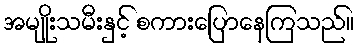
အမျိုးသမီးနှင့် စကားပြောနေကြသည်။